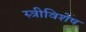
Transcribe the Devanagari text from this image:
स्त्रीविशेष